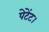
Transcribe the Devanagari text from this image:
पेटेंट।